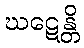
ဃဋေန္တိ